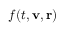
f ( t , \mathbf { v } , \mathbf { r } )